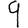
Digit: 9